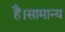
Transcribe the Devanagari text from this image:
हैं।सामान्य